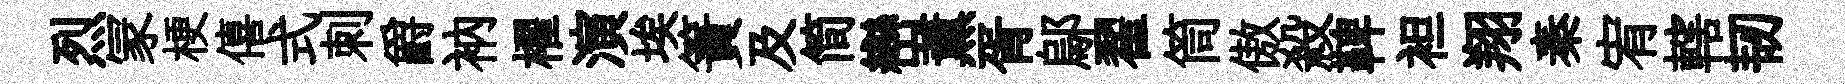
烈冡梗僖式刺爵衲櫂演埃簀及简巒薰胥鄔翟筒傲殺鞞袒翔秦宥轄韧